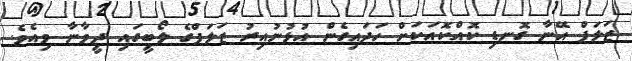
ޒަލަފް އޭނާ ގޮނޑި ކޮއްކޮއަކަށް ހަދައިގެން އުޅުނުއިރު ޒަލަފްގެ ލޯބީގައި ދީވާނާ ވިއެވެ.